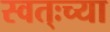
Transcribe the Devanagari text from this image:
स्वत्ःच्या